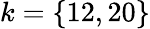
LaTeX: k=\{ 12,20\}